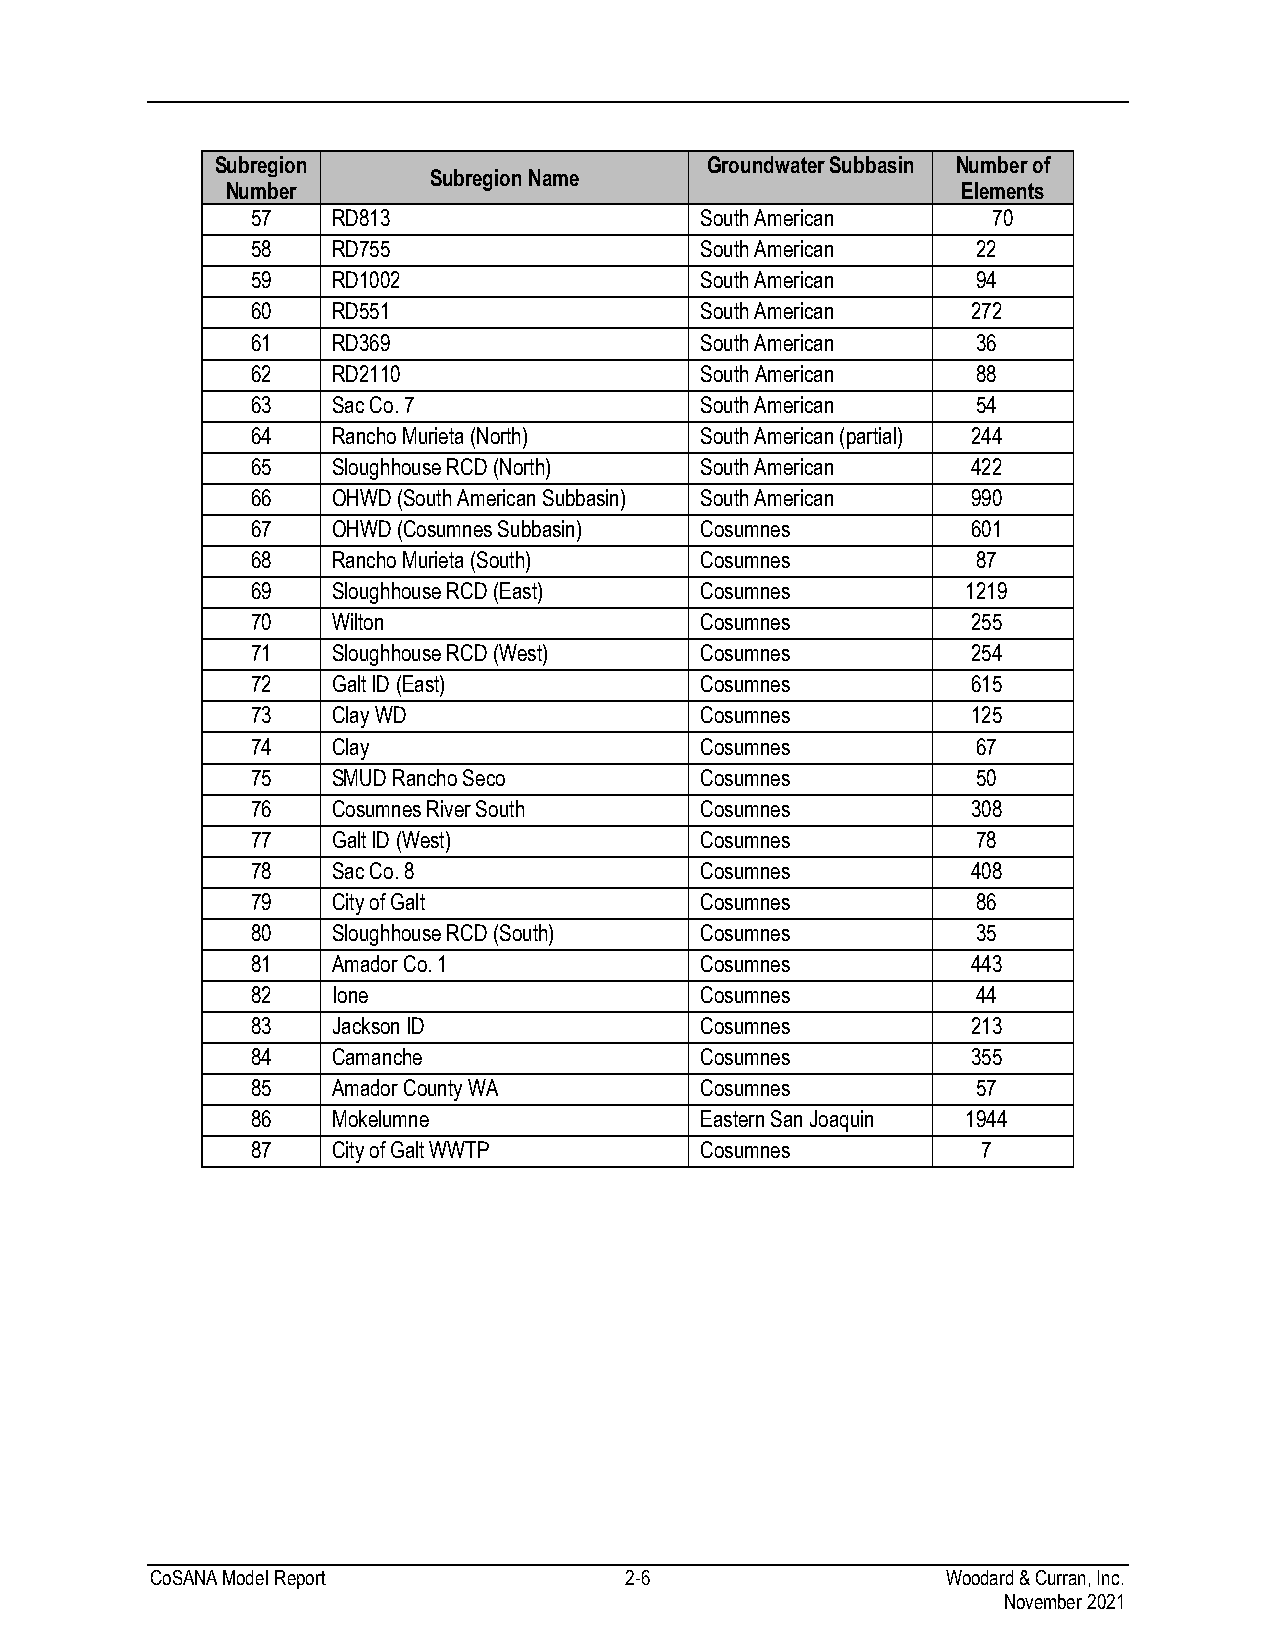
Subregion                        Groundwater Subbasin Number of
 Subregion Name
 Number                                           Elements
 57   RD813                   South American      70
 58   RD755                   South American     22
 59   RD1002                  South American     94
 60   RD551                   South American    272
 61   RD369                   South American     36
 62   RD2110                  South American     88
 63   Sac Co. 7               South American     54
 64   Rancho Murieta (North)  South American (partial) 244
 65   Sloughhouse RCD (North) South American    422
 66   OHWD (South American Subbasin) South American 990
 67   OHWD (Cosumnes Subbasin) Cosumnes         601
 68   Rancho Murieta (South)  Cosumnes           87
 69   Sloughhouse RCD (East)  Cosumnes          1219
 70   Wilton                  Cosumnes          255
 71   Sloughhouse RCD (West)  Cosumnes          254
 72   Galt ID (East)          Cosumnes          615
 73   Clay WD                 Cosumnes          125
 74   Clay                    Cosumnes           67
 75   SMUD Rancho Seco        Cosumnes           50
 76   Cosumnes River South    Cosumnes          308
 77   Galt ID (West)          Cosumnes           78
 78   Sac Co. 8               Cosumnes          408
 79   City of Galt            Cosumnes           86
 80   Sloughhouse RCD (South) Cosumnes           35
 81   Amador Co. 1            Cosumnes          443
 82   Ione                    Cosumnes           44
 83   Jackson ID              Cosumnes          213
 84   Camanche                Cosumnes          355
 85   Amador County WA        Cosumnes           57
 86   Mokelumne               Eastern San Joaquin 1944
 87   City of Galt WWTP       Cosumnes           7
 CoSANA Model Report            2-6                   Woodard & Curran, Inc.
 November 2021